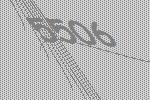
5506